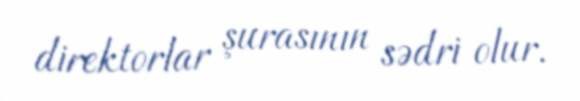
direktorlar şurasının sədri olur.